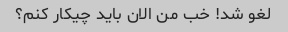
لغو شد! خب من الان باید چیکار کنم؟